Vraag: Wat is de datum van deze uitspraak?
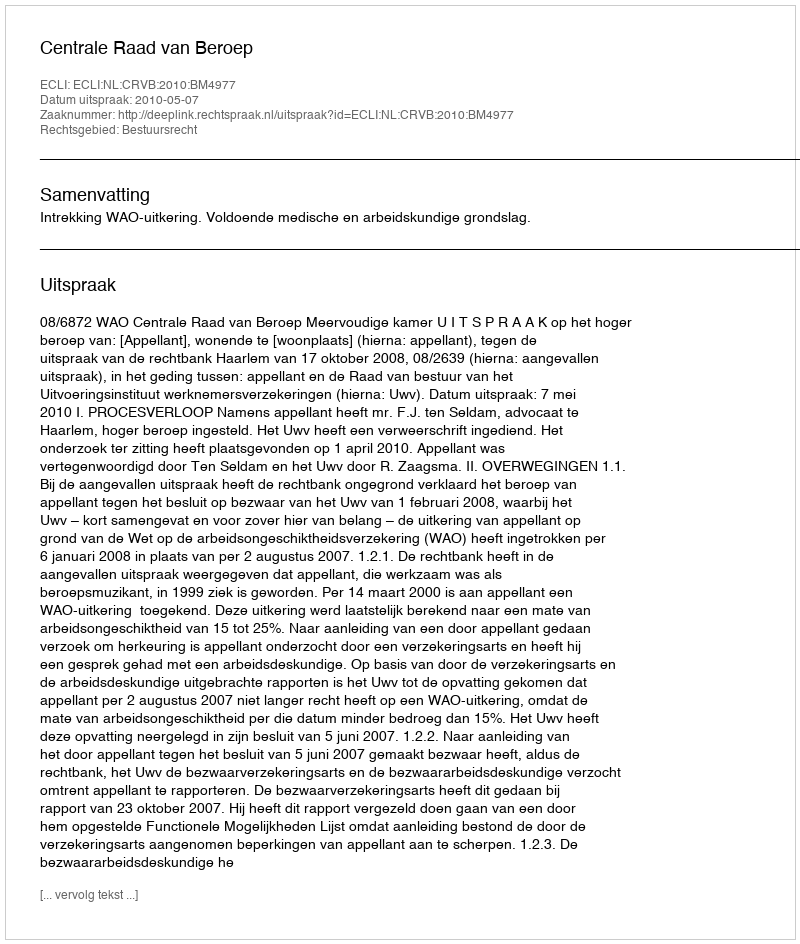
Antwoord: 2010-05-07